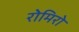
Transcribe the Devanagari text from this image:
रोमिरो